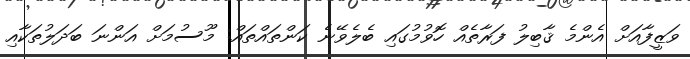
ވަޒީފާއަށް އެންމެ ޤާބިލު ފަރާތެއް ހޮވުމުގައި ބެލެވޭނެ ކަންތައްތައް: މޫސުމަށް އަންނަ ބަދަލުތަކާއި